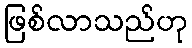
ဖြစ်လာသည်ဟု